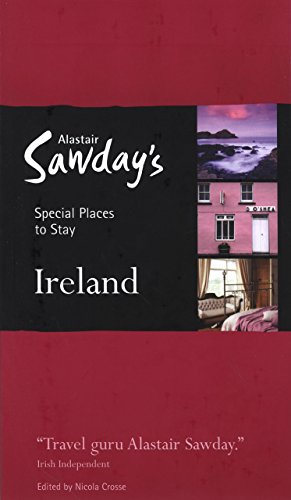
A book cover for Special Places to Stay: Ireland, 7th; Nicola Crosse; Travel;